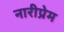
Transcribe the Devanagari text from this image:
नारीप्रेम